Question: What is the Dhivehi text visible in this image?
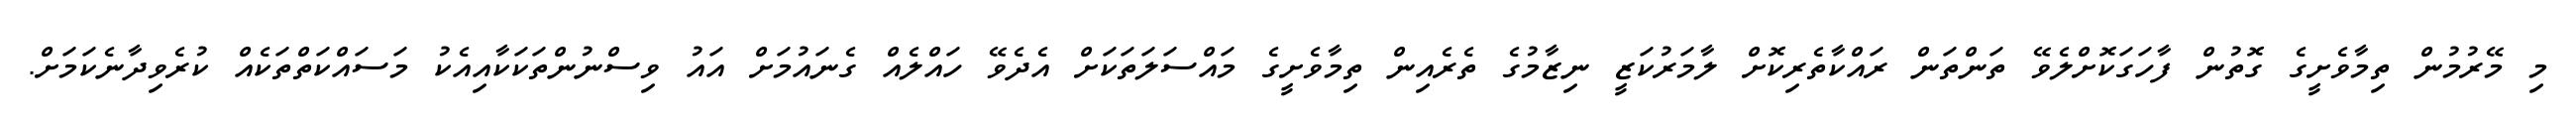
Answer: މި މޭރުމުން ތިމާވެށީގެ ގޮތުން ފާހަގަކޮށްލެވޭ ތަންތަން ރައްކާތެރިކޮށް ލާމަރުކަޒީ ނިޒާމުގެ ތެރެއިން ތިމާވެށީގެ މައްސަލަތަކަށް އެދެވޭ ހައްލެއް ގެނައުމަށް އައު ވިސްނުންތަކަކާއިއެކު މަސައްކަތްތަކެއް ކުރެވިދާނެކަމަށް.